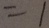
= 1